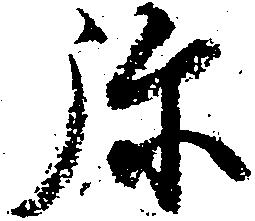
弥